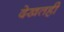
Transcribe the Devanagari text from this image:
देखतही